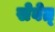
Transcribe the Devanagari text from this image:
सेवेत्